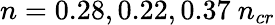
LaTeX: n=0.28,0.22,0.37~n_{cr}